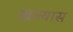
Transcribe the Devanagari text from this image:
खल्यास